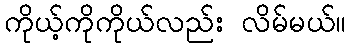
ကိုယ့်ကိုကိုယ်လည်း လိမ်မယ်။